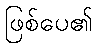
ဖြစ်ပေ၏